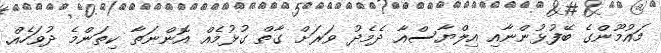
މައުމޫންގެ ބޭފުޅުންނާއި އިލްޔާސްއާ ދެމެދު ވަރަށް ގާތް ގުޅުމެއް އޮންނަތާ ކިތަންމެ ދުވަހެއް.